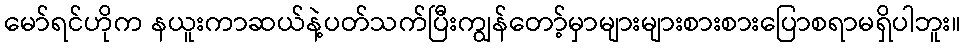
မော်ရင်ဟိုက နယူးကာဆယ်နဲ့ပတ်သက်ပြီးကျွန်တော့်မှာများများစားစားပြောစရာမရှိပါဘူး။